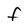
Character: f